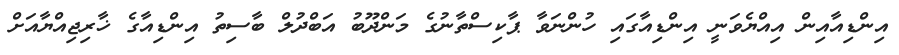
އިންޑިއާއިން އިއްޔެވަނީ އިންޑިއާގައި ހުންނަވާ ޕާކިސްތާނުގެ މަންދޫބު އަބްދުލް ބާސިތު އިންޑިއާގެ ޚާރިޖިއްޔާއަށް